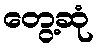
တွေ့ဆုံ